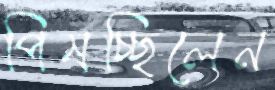
পিষচ্ছিলেন